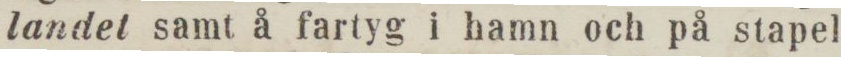
landet samt å fartyg i hamn och på stapel